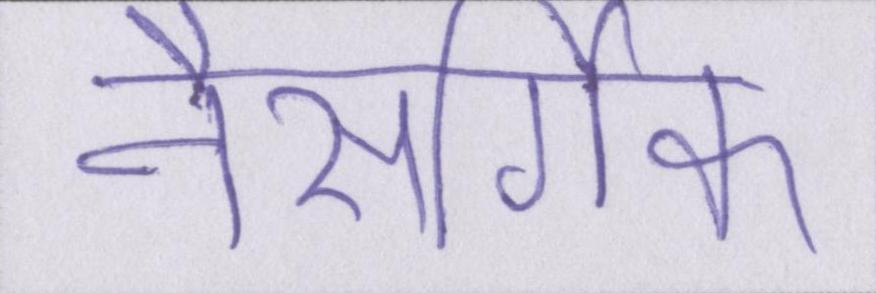
नैसर्गिक